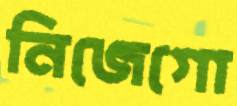
নিজেগো